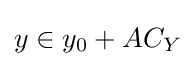
y\in y_{0}+AC_{Y}